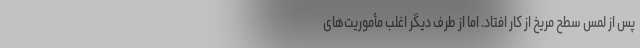
پس از لمس سطح مریخ از کار افتاد. اما از طرف دیگر اغلب مأموریت‌های